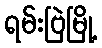
ရမ်းဗြဲမြို့